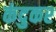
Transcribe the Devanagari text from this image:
कंदुकर